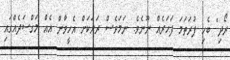
ރޯދި" ބެހި ފުރަތަމަ ފަހަރެއް ނޫނެވެ. ނަމަވެސް ރަށަކަށް އެހީވާން އެއް މަގްސަދެއްގައި